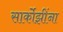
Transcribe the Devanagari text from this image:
सार्कोझींना